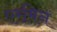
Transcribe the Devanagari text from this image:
एरमिन